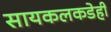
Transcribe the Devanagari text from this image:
सायकलकडेही